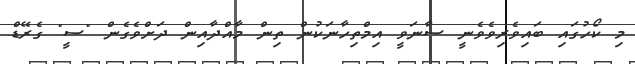
މި ކޯހުގައި ބައިވެރިވެވެނީ ސާނަވީ އިމްތިހާނަކުން ތިން މާއްދާއިން ދަށްވެގެން "ސީ" ގެރޭޑް